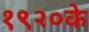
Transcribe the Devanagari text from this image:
१९२०के